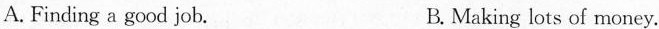
A. Finding a good job. B. Making lots of money.